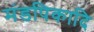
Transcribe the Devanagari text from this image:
मंडपिकादि